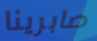
صابرينا